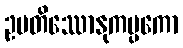
ဥပတိဿောနုကမ္ပကော